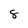
Character: 8